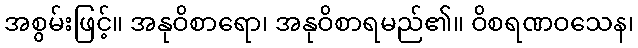
အစွမ်းဖြင့်။ အနုဝိစာရော၊ အနုဝိစာရမည်၏။ ဝိစရဏဝသေန၊